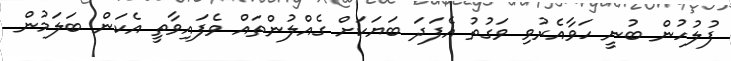
ފުލުހުން ބުނީ ހަވާއެރުވި ވަގުތު އެފަދަ ބަޔަކަށް ގެއްލުންތައް ވެފައިވާތީ އެކަން ބަލަމުން